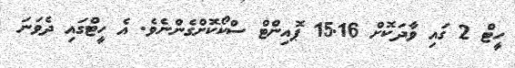
ހީޓް 2 ގައި ވާދަކޮށް 15.16 ޕޮއިންޓް ސްކޯކޮށްގެންނެވެ. އެ ހީޓްގައި ދެވަނަ